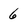
Character: 6